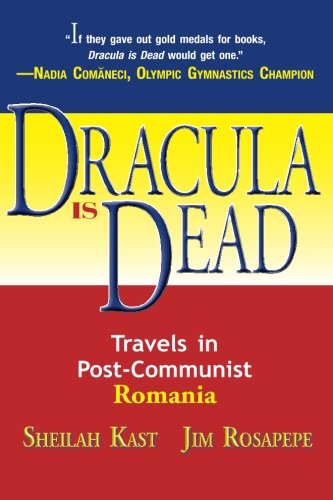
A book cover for Dracula Is Dead: Travels in Post-Communist Romania; Sheilah Kast; History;